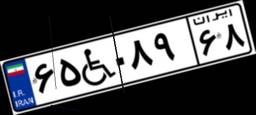
۶۵W۰۸۹۶۸